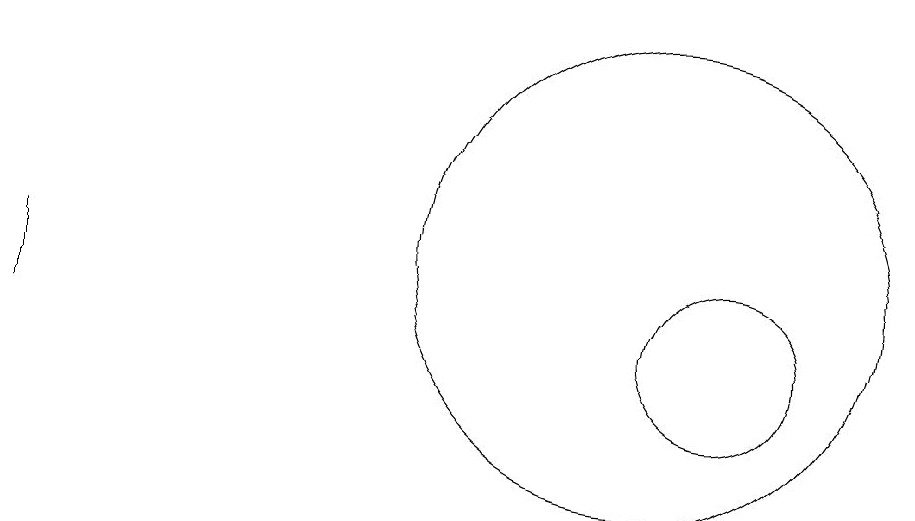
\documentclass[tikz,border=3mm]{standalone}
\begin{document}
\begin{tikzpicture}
\draw (2,11) rectangle (2,10);
\draw (10,11) circle (3);
\draw (11,10) circle (1);
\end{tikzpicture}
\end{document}